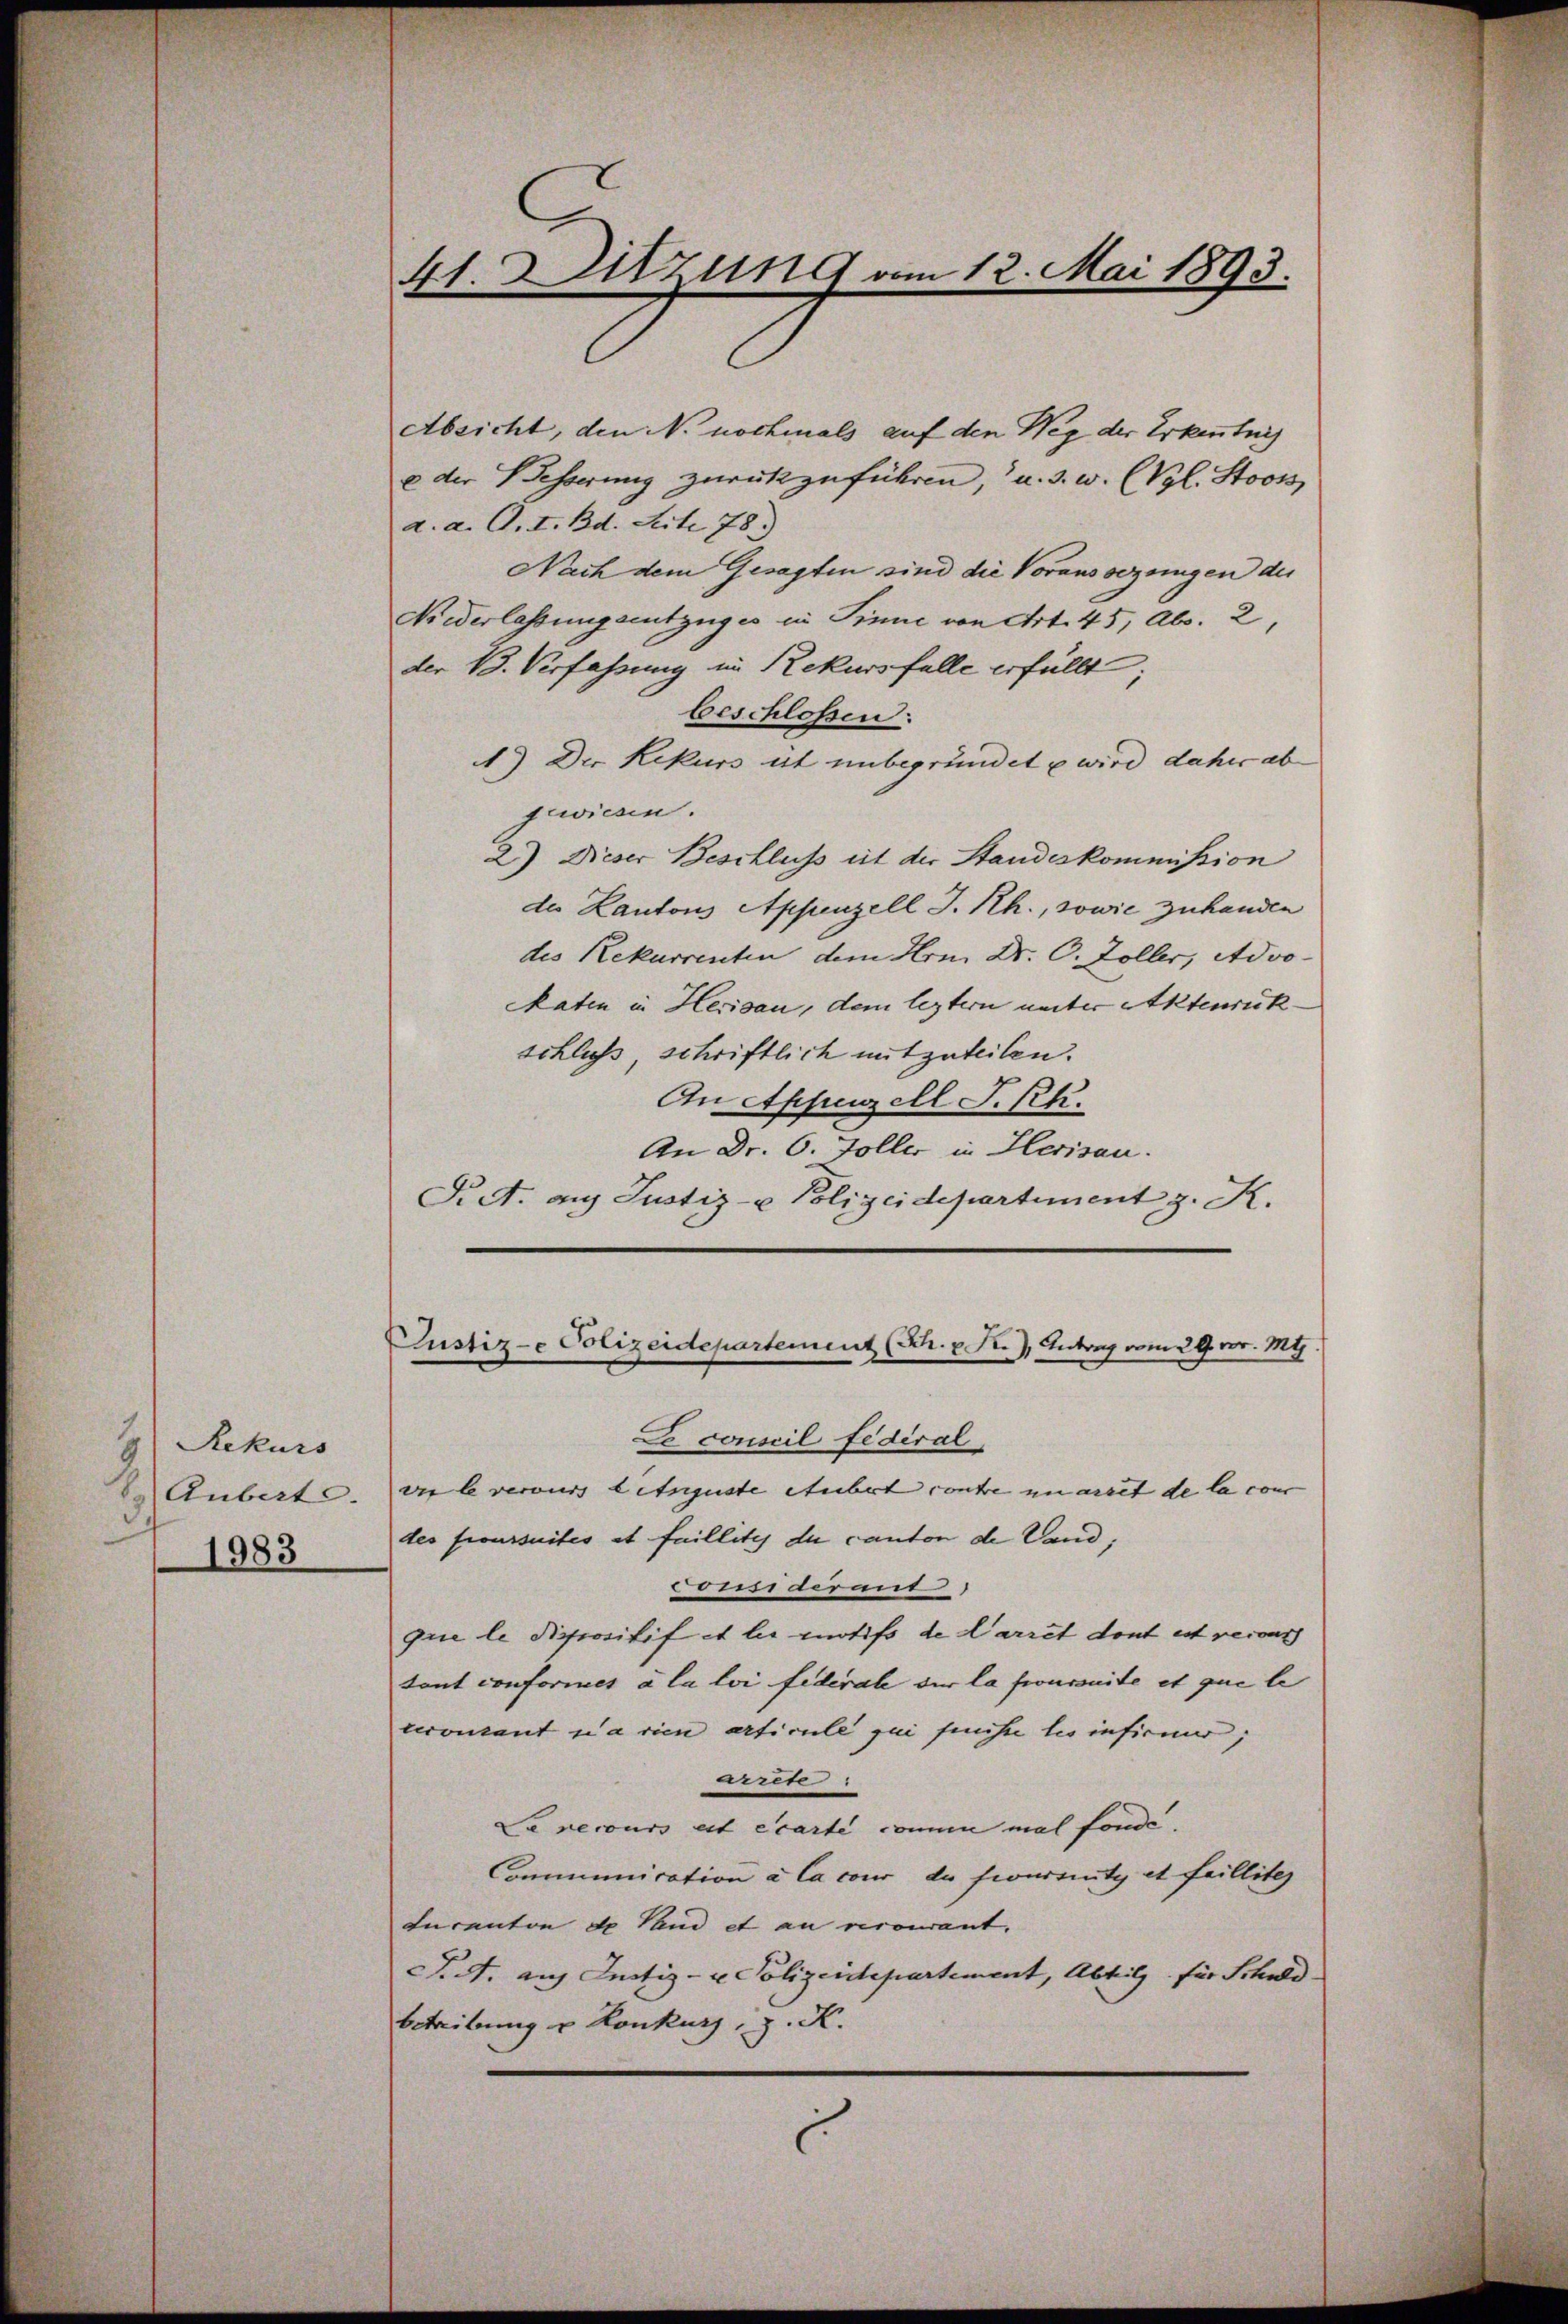
9
Rekurs
Aubert.
1983

41. Sitzung vom 12. Mai 1893.

Absicht, den No nochmals auf den Weg der Erkenntnis
e der Besserung zurückzuführen, u. s. w. (Vgl. Stooss,
a. a. O. I. Bd. Seite 78)
Nach dem Gesagten sind die Vorausserungen der
Niederlassungsentzuges in Sinne von Art. 45, Abs. 2,
der B. Verfassung im Rekursfalle erfüllt
beschlossen:
1.) Der Rekurs ist unbegründet u wird daher ab
gewiesen.
2) Dieser Beschluss eit der Standeskommission
de Kantons Appenzell I.Rh., sowie Zuhanden
des Rekurrenten dem Hrn. Dr. O. Zoller, Advo¬
Paten in Herisau, dem leztern unter Aktenrückschluss, schriftlich mitzuteilen.
An Appenzell I.Rh.
An Dr. 6. Foller in Herisau.
Fict. aus Justiz- u Polizeidepartement z. K.

Ce conscil fédéral
vn Evercurs betgeste etübert conte unarret de la con
des foursuites et faillites du canton de Vand;
Comidiret
que le dispositif et le motifs de Carret dont est recour
tant conformet à la loi federale dir la foursuite et que le
cecourant parien articule zu finste les infirmer,
Arrete
Sa recours est écarte coni mal fonde.
Communication à la cour da sionssity et failliter
Incanton de Hand et an verowant.
P.S. auf Justiz- u Polizeidepartement, Abtilz für Schuld
betreibung v. Konkurs, z. K.

Pustiz- Polizeidepartement (Sch. v. R.), Antrag vom 29. vor. Mts.